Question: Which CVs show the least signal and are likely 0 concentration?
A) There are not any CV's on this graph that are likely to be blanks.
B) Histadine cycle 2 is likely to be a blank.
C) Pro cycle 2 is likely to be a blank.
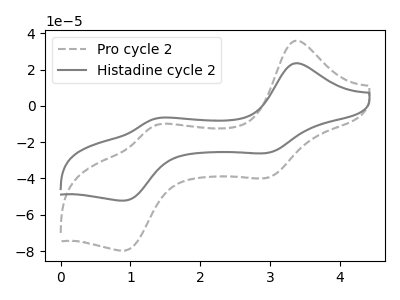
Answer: <think>The gray dashed curve "Pro cycle 2" has anodic peaks at (3.35V, 35.75uA) (1.35V, -10.70uA) and cathodic peaks at (2.95V, -39.75uA) (0.90V, -79.70uA). The gray curve "Histadine cycle 2" has anodic peaks at (3.35V, 23.40uA) (1.35V, -7.00uA) and cathodic peaks at (2.95V, -26.00uA) (0.90V, -52.20uA).</think>
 <answer>A) There are not any CV's on this graph that are likely to be blanks.</answer>
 <eval>A</eval>